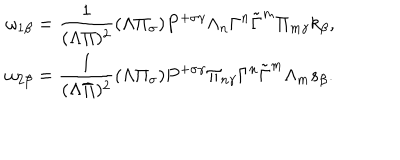
LaTeX: \begin{array} { l } { { \omega _ { 1 \beta } = \displaystyle \frac 1 { ( \Lambda \Pi ) ^ { 2 } } ( \Lambda \Pi _ { \sigma } ) P ^ { + \sigma \gamma } \Lambda _ { n } \Gamma ^ { n } \tilde { \Gamma } ^ { m } \Pi _ { m \gamma } k _ { \beta } , } } \\ { { \omega _ { 2 \beta } = \displaystyle \frac 1 { ( \Lambda \Pi ) ^ { 2 } } ( \Lambda \Pi _ { \sigma } ) P ^ { + \sigma \gamma } \Pi _ { n \gamma } \Gamma ^ { n } \tilde { \Gamma } ^ { m } \Lambda _ { m } s _ { \beta } . } } \\ \end{array}